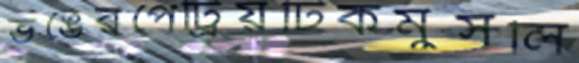
ভঙেরপেট্রিয়টিকমুসলি